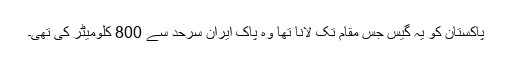
پاکستان کو یہ گیس جس مقام تک لانا تھا وہ پاک ایران سرحد سے 800 کلومیٹر کی تھی۔